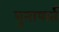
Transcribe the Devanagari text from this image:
बुनापार्त